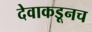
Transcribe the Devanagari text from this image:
देवाकडूनच